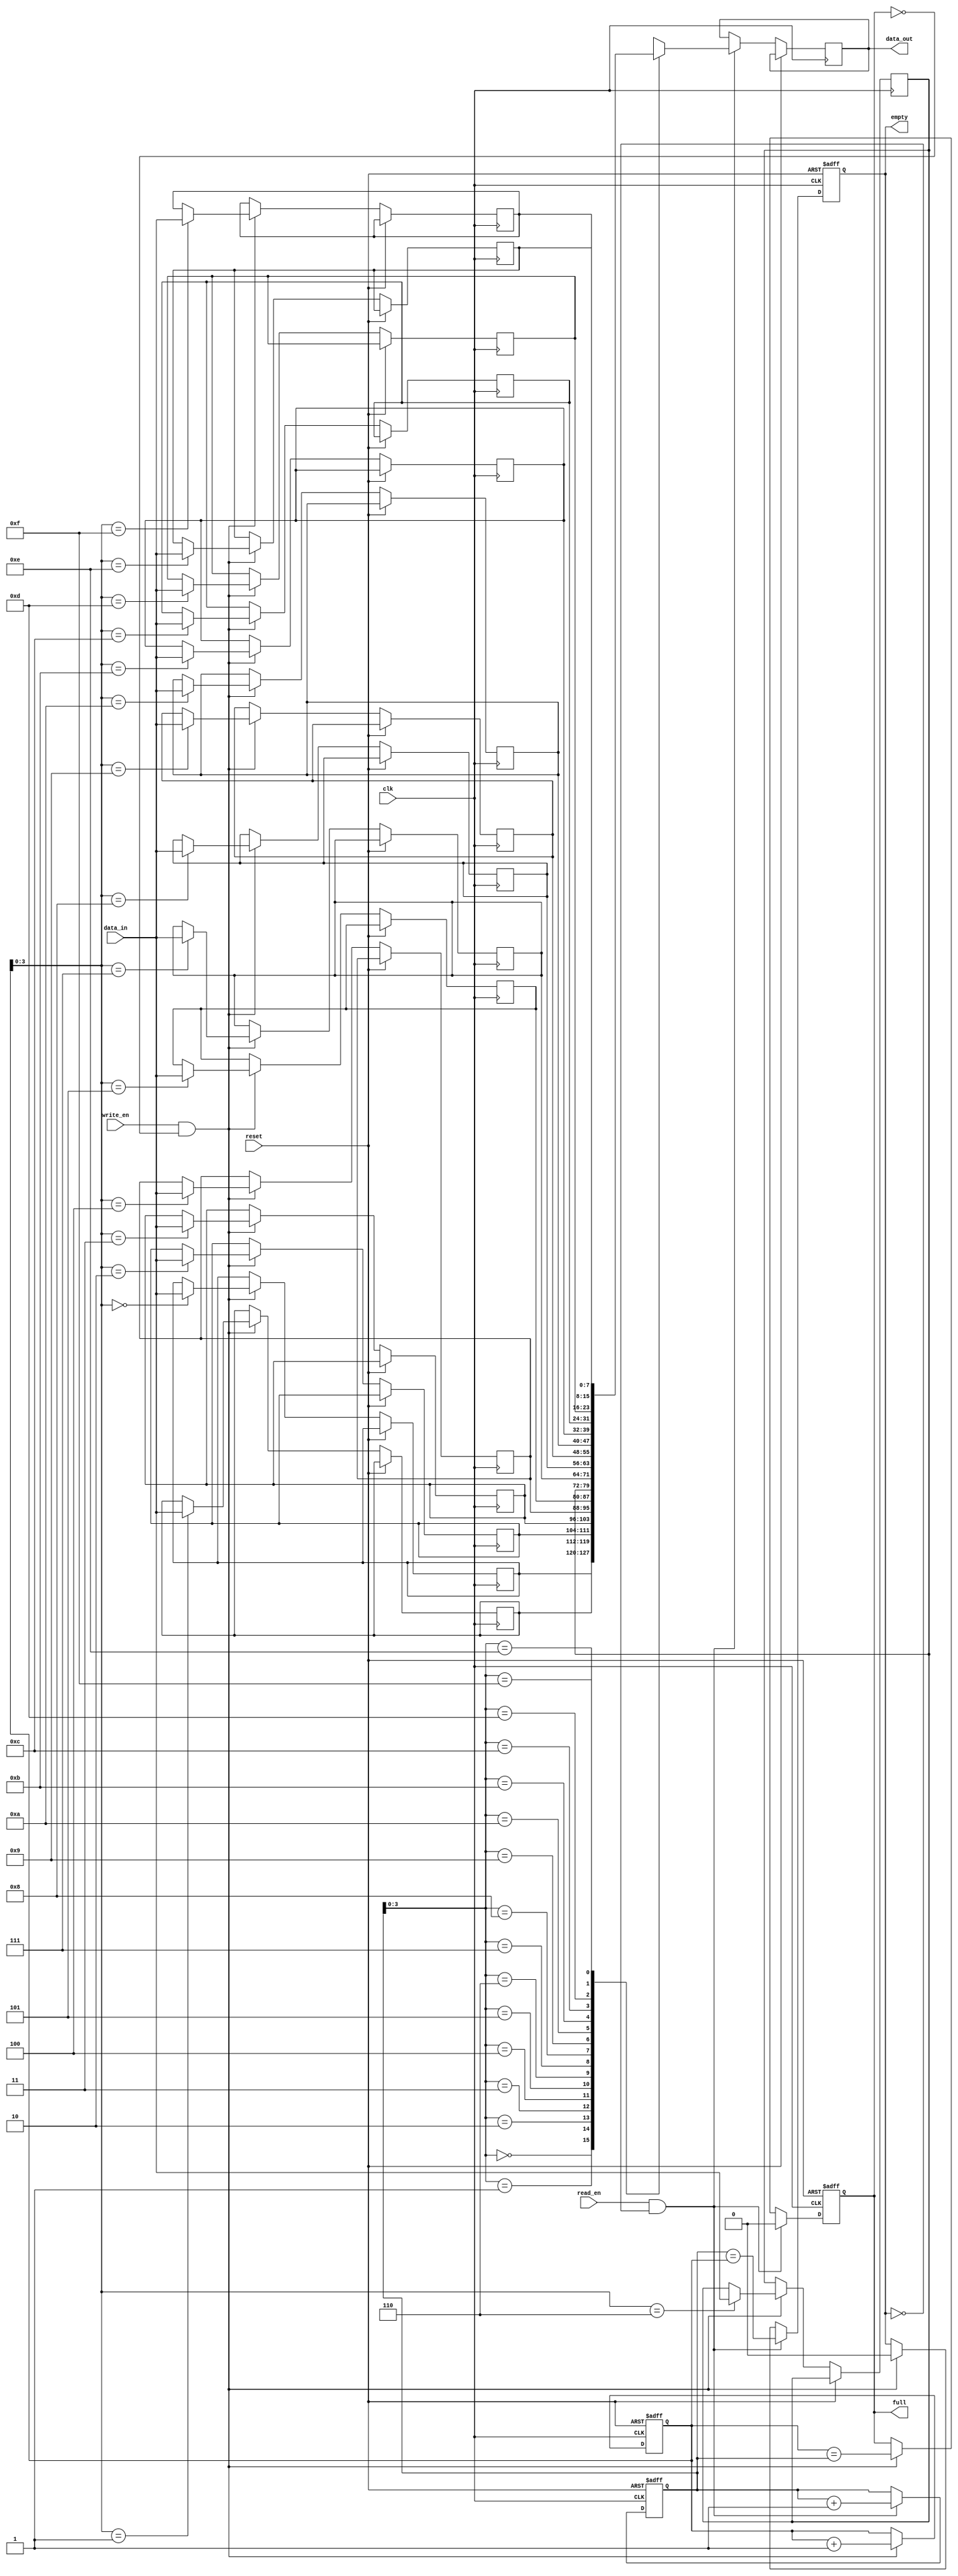
module First_Word_Fall_Through_FIFO(
    input wire clk,
    input wire reset,
    input wire write_en,
    input wire read_en,
    input wire [Data_Width-1:0] data_in,
    output reg [Data_Width-1:0] data_out,
    output reg full,
    output reg empty
);

parameter Data_Width = 8;
parameter Depth = 16;

reg [Data_Width-1:0] buffer [Depth-1:0];
reg [4:0] write_ptr = 0;
reg [4:0] read_ptr = 0;

always @(posedge clk or posedge reset) begin
    if (reset) begin
        write_ptr <= 0;
        read_ptr <= 0;
        full <= 0;
        empty <= 1;
    end else begin
        if (write_en && !full) begin
            buffer[write_ptr] <= data_in;
            write_ptr <= write_ptr + 1;
            full <= (write_ptr == read_ptr);
            empty <= 0;
        end
        
        if (read_en && !empty) begin
            data_out <= buffer[read_ptr];
            read_ptr <= read_ptr + 1;
            empty <= (read_ptr == write_ptr);
            full <= 0;
        end
    end
end

endmodule